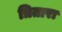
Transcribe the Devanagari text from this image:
त्रितारा